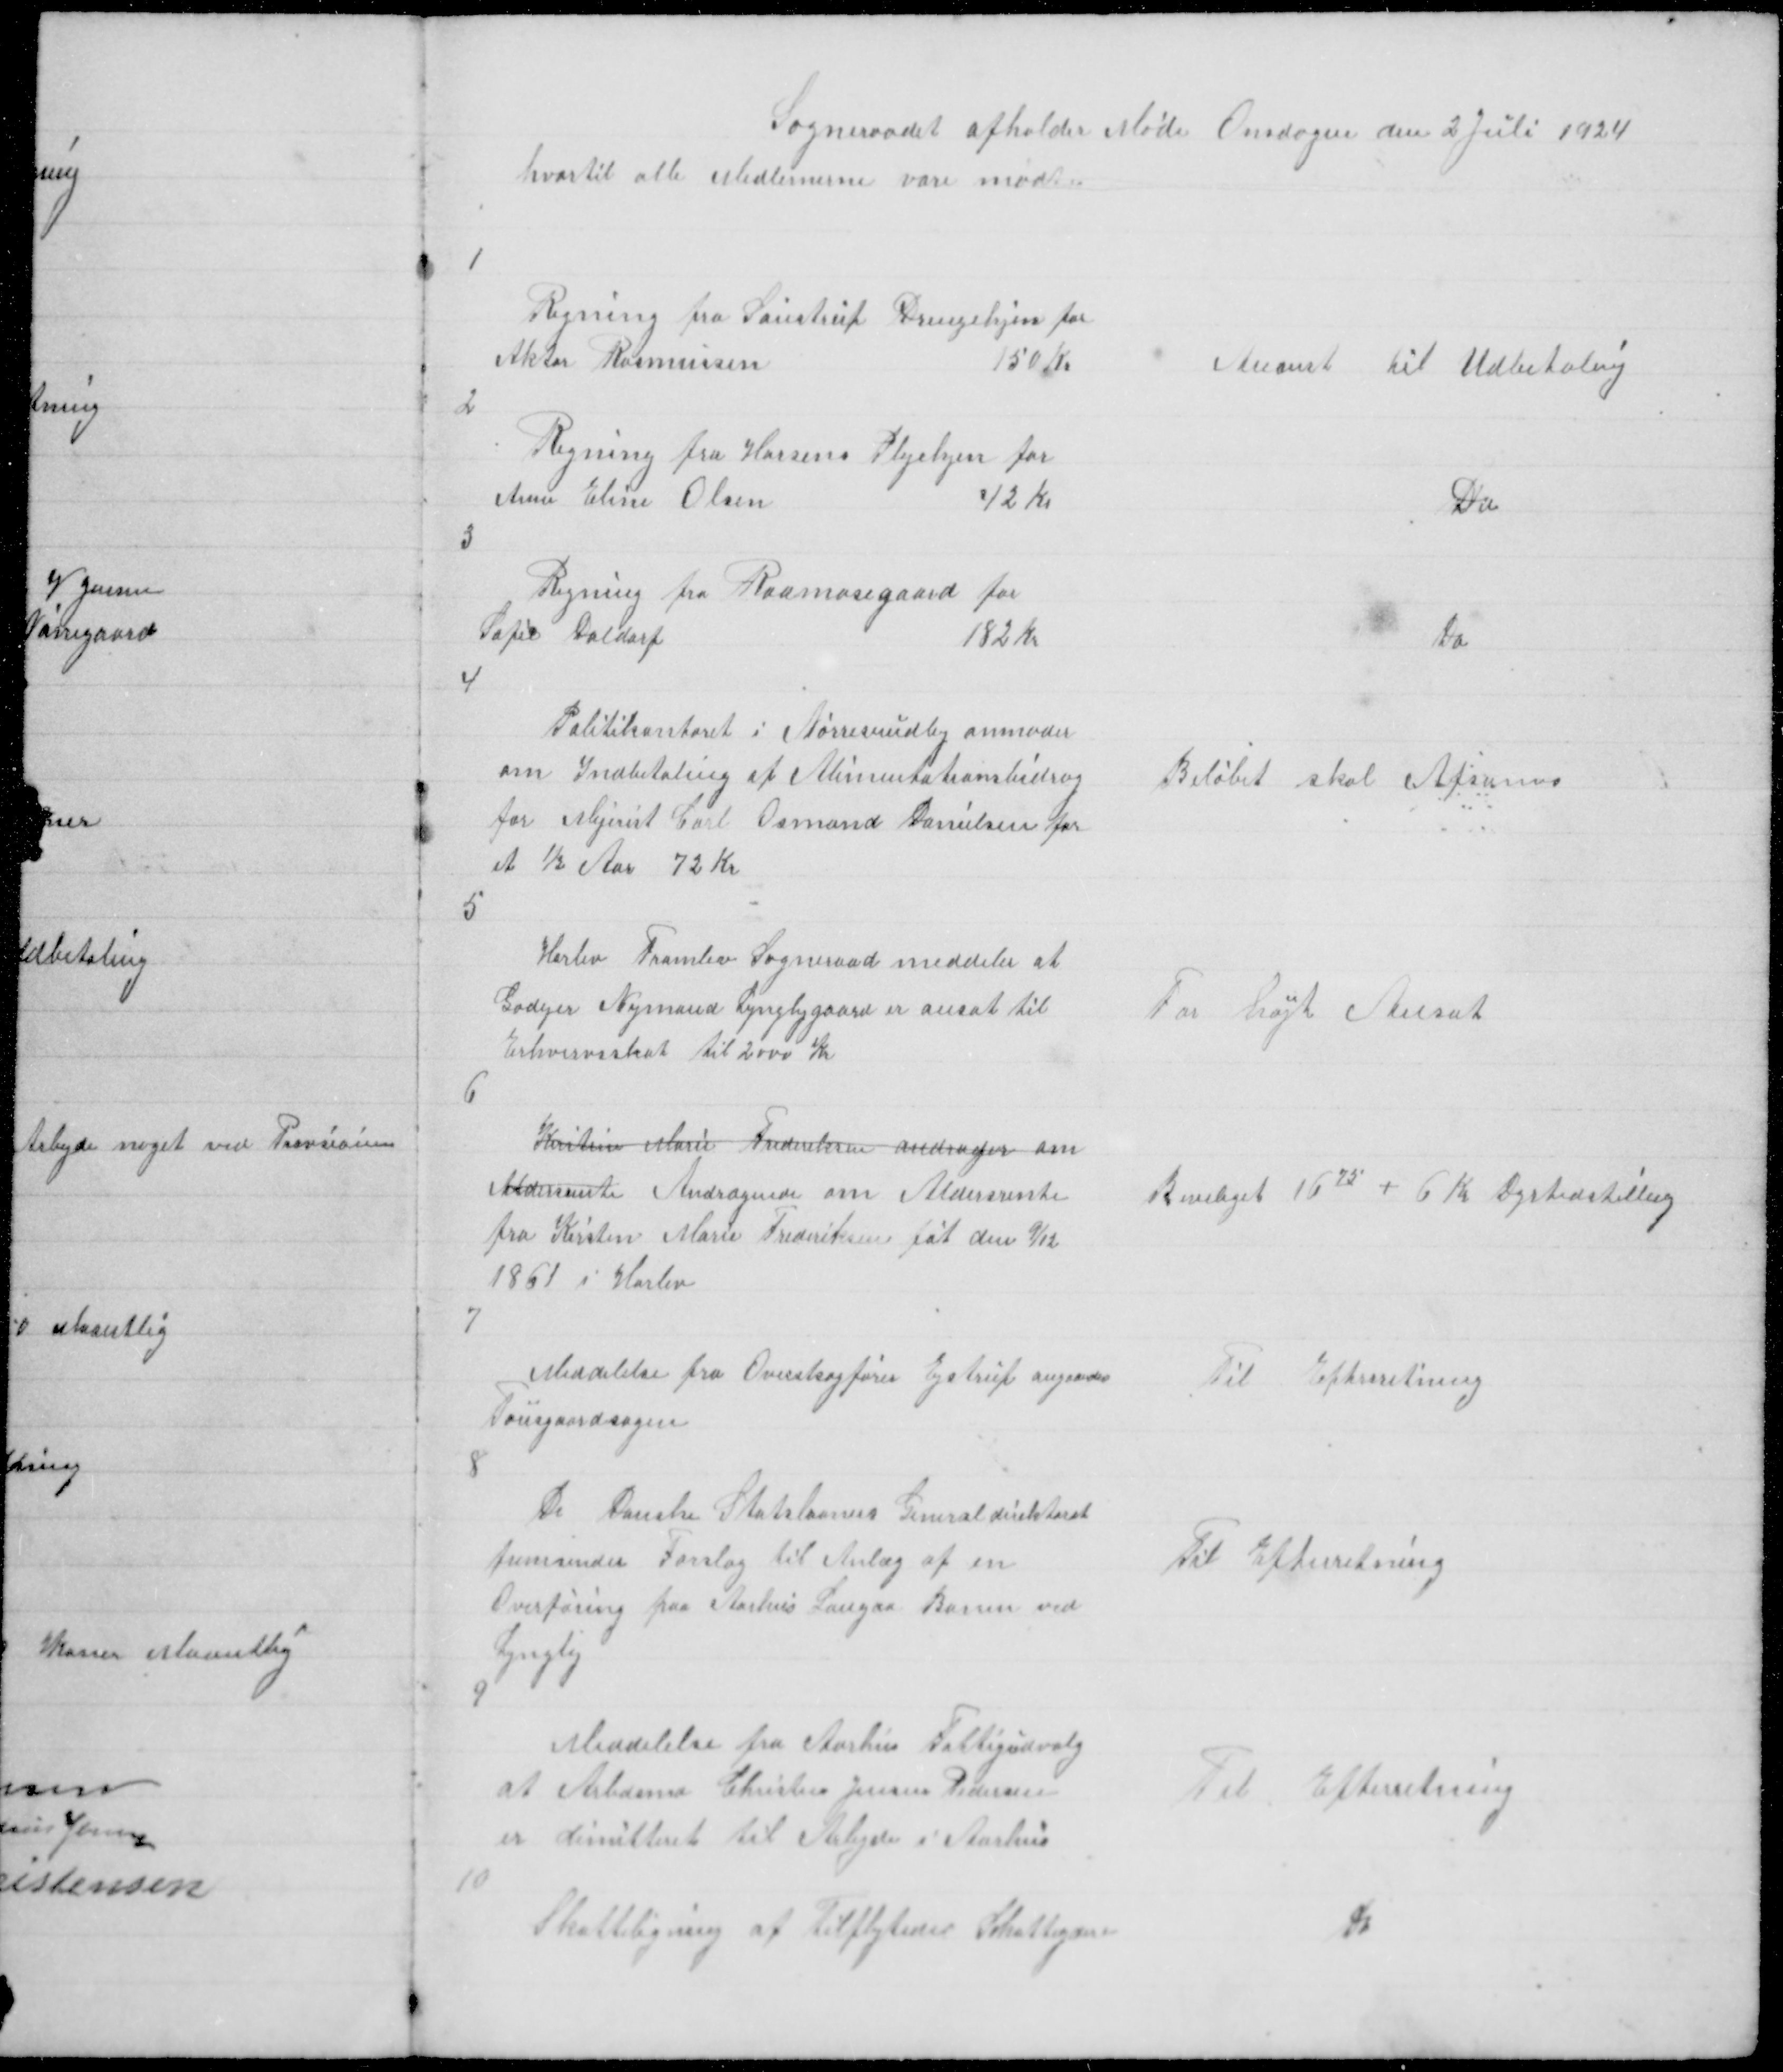
Transskription:
Sogneraadet afholder Møde Onsdagen den 2 Juli 1924
hvortil alle Medlemerne vare mødte

1

Regning fra Saustrup Drengehjem for
Aktor Rasmussen
150 Kr

Anvist til Udbetaling

2

Regning fra Horsens Plejehjem for
Anne Eline Olsen
42 Kr

Do

3

Regning fra Raamosegaard for
Sofie Daldorf
182 Kr

Do

4

Politikontoret i Nørresundby anmoder
om Indbetaling af Alimentationsbidrag
for Mejerist Carl Osmand Danielsen for
et ½ Aar 72 Kr

Beløbet skal Afsones

5

Harlev Framlev Sogneraad meddeler at
Godejer Nymand Lyngbygaard er ansat til
Erhvervsskat til 2000 Kr

For højt Ansat

6

Kirstine Marie Frederiksen andrager om
Aldersrente Andragende om Aldersrente
fra Kirsten Marie Frederiksen føt den 9/12
1861 i Harlev

Beviliget 1675 + 6 Kr Dyrtidstillæg

7

Meddelelse fra Overetsagfører Ejstrup angaaedes
Tousgaardsagen

Til Efterretning

8
De danske Statsbaners Generaldirektorat
fremsender Forslag til Anlæg af en
Overføring paa Aarhus Langaa Banen ved
Lyngby

Til Efterretning

9

Meddelelse fra Aarhus Fattigudvalg
at Arbdmd Christen Jensen Pedersen
er dimitteret til Arbejde i Aarhus

Til Efterretning

10

Skatteligning af Tilflyteder Skatteydere

Do